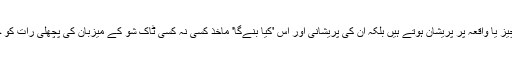
ایسا نہیں ہے کہ وہ کسی خاص چیز یا واقعہ پر پریشان ہوتے ہیں بلکہ ان کی پریشانی اور اس 'کیا بنےگا' ماخذ کسی نہ کسی ٹاک شو کے میزبان کی پچھلی رات کو چھوڑی ہوئی درفنطنی ہوتی ہے!